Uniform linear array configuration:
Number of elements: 64
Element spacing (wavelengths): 1
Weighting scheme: kaiser
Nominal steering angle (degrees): -30
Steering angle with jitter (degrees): -30.307
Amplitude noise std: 0.05
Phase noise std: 0.05

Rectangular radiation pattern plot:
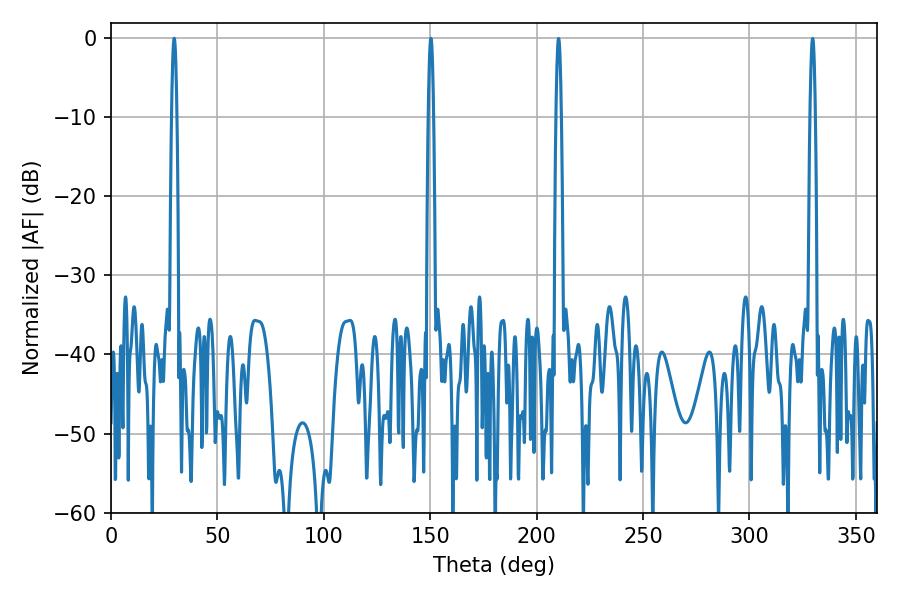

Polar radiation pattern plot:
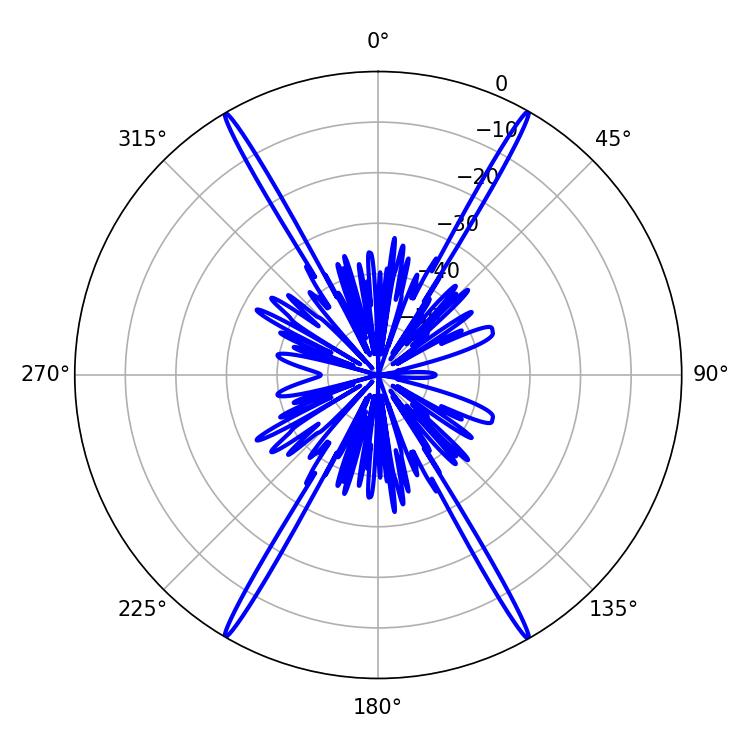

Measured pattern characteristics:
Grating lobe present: TRUE
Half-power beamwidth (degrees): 1.44
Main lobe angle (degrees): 150.3